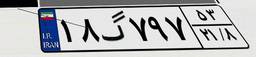
۱۸گ۷۹۷۵۳